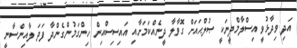
އަދި ވިދާޅުވީ އިސްލާމްދީނަކީ ޞުލްޙައަށް ގޮވާލާ ދީނެއްކަމަށާއި އައިސިސްއިން ހިންގަމުންގެންދާ ފަދަ ލާއިންސާނީ